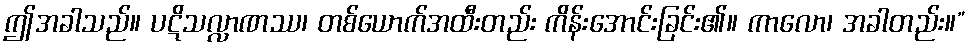
ဤအခါသည်။ ပဋိသလ္လာဏဿ၊ တစ်ယောက်အထီးတည်း ကိန်းအောင်းခြင်း၏။ ကာလော၊ အခါတည်း။”